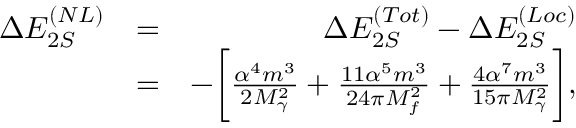
\begin{array} { r l r } { \Delta E _ { 2 S } ^ { ( N L ) } } & { = } & { \Delta E _ { 2 S } ^ { ( T o t ) } - \Delta E _ { 2 S } ^ { ( L o c ) } } \\ & { = } & { - \biggl [ \frac { \alpha ^ { 4 } m ^ { 3 } } { 2 M _ { \gamma } ^ { 2 } } + \frac { 1 1 \alpha ^ { 5 } m ^ { 3 } } { 2 4 \pi M _ { f } ^ { 2 } } + \frac { 4 \alpha ^ { 7 } m ^ { 3 } } { 1 5 \pi M _ { \gamma } ^ { 2 } } \biggr ] , } \end{array}